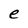
Character: e